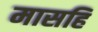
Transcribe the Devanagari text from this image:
मासहि